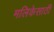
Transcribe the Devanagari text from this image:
मलिकेसाठी